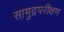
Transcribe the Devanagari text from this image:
सामुद्रपरीक्षण